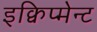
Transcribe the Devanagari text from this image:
इक्विप्मेन्ट